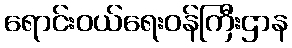
ရောင်းဝယ်ရေးဝန်ကြီးဌာန